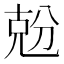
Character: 兝